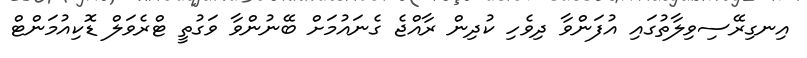
އިނގިރޭސިވިލާތުގައި އުފަންވާ ދިވެހި ކުދިން ރާއްޖެ ގެނައުމަށް ބޭނުންވާ ވަގުތީ ޓްރެވަލް ޑޮކިއުމަންޓް